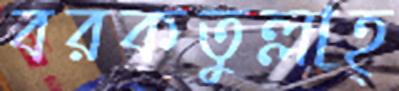
বরকতুল্লাহ্